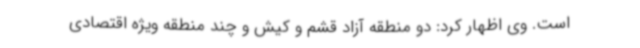
است. وی اظهار کرد: دو منطقه آزاد قشم و کیش و چند منطقه ویژه اقتصادی